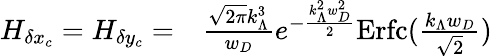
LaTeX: \begin{array}{rl}{H_{\delta x_{c}}=H_{\delta y_{c}}=}&{{}\frac{\sqrt{2\pi}k_{\Lambda}^{3}}{w_{D}}e^{-\frac{k_{\Lambda}^{2}w_{D}^{2}}{2}}\mathrm{Erfc}(\frac{k_{\Lambda}w_{D}}{\sqrt{2}})}\end{array}